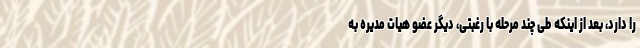
را دارد، بعد از اینکه طی چند مرحله با رغبتی، دیگر عضو هیات مدیره به